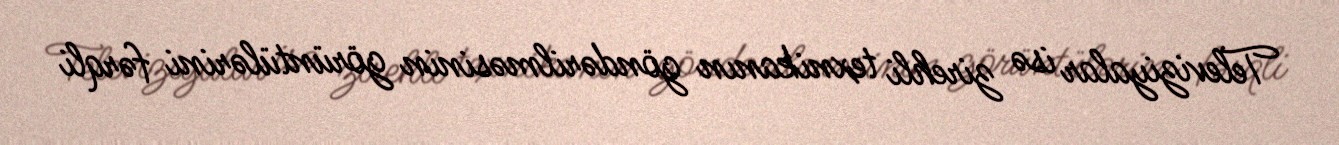
Televiziyalar isə zirehli texnikanın göndərilməsinin görüntülərini fərqli